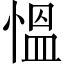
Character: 慍